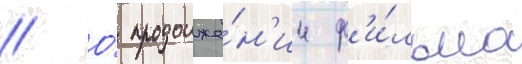
// О́ продолже́н'ии ф'и́льма